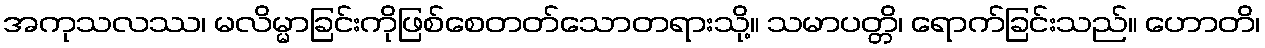
အကုသလဿ၊ မလိမ္မာခြင်းကိုဖြစ်စေတတ်သောတရားသို့။ သမာပတ္တိ၊ ရောက်ခြင်းသည်။ ဟောတိ၊